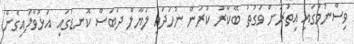
ވިސްނުމުގައި އިތުރަށް ވަގުތު ބޭކާރު ކުރަން ނުހަދައި ލަޔާލް ދަބަސް ކޮނޑުގައި އަޅުވާލައިގެން